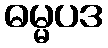
ဓမ္မပဒ